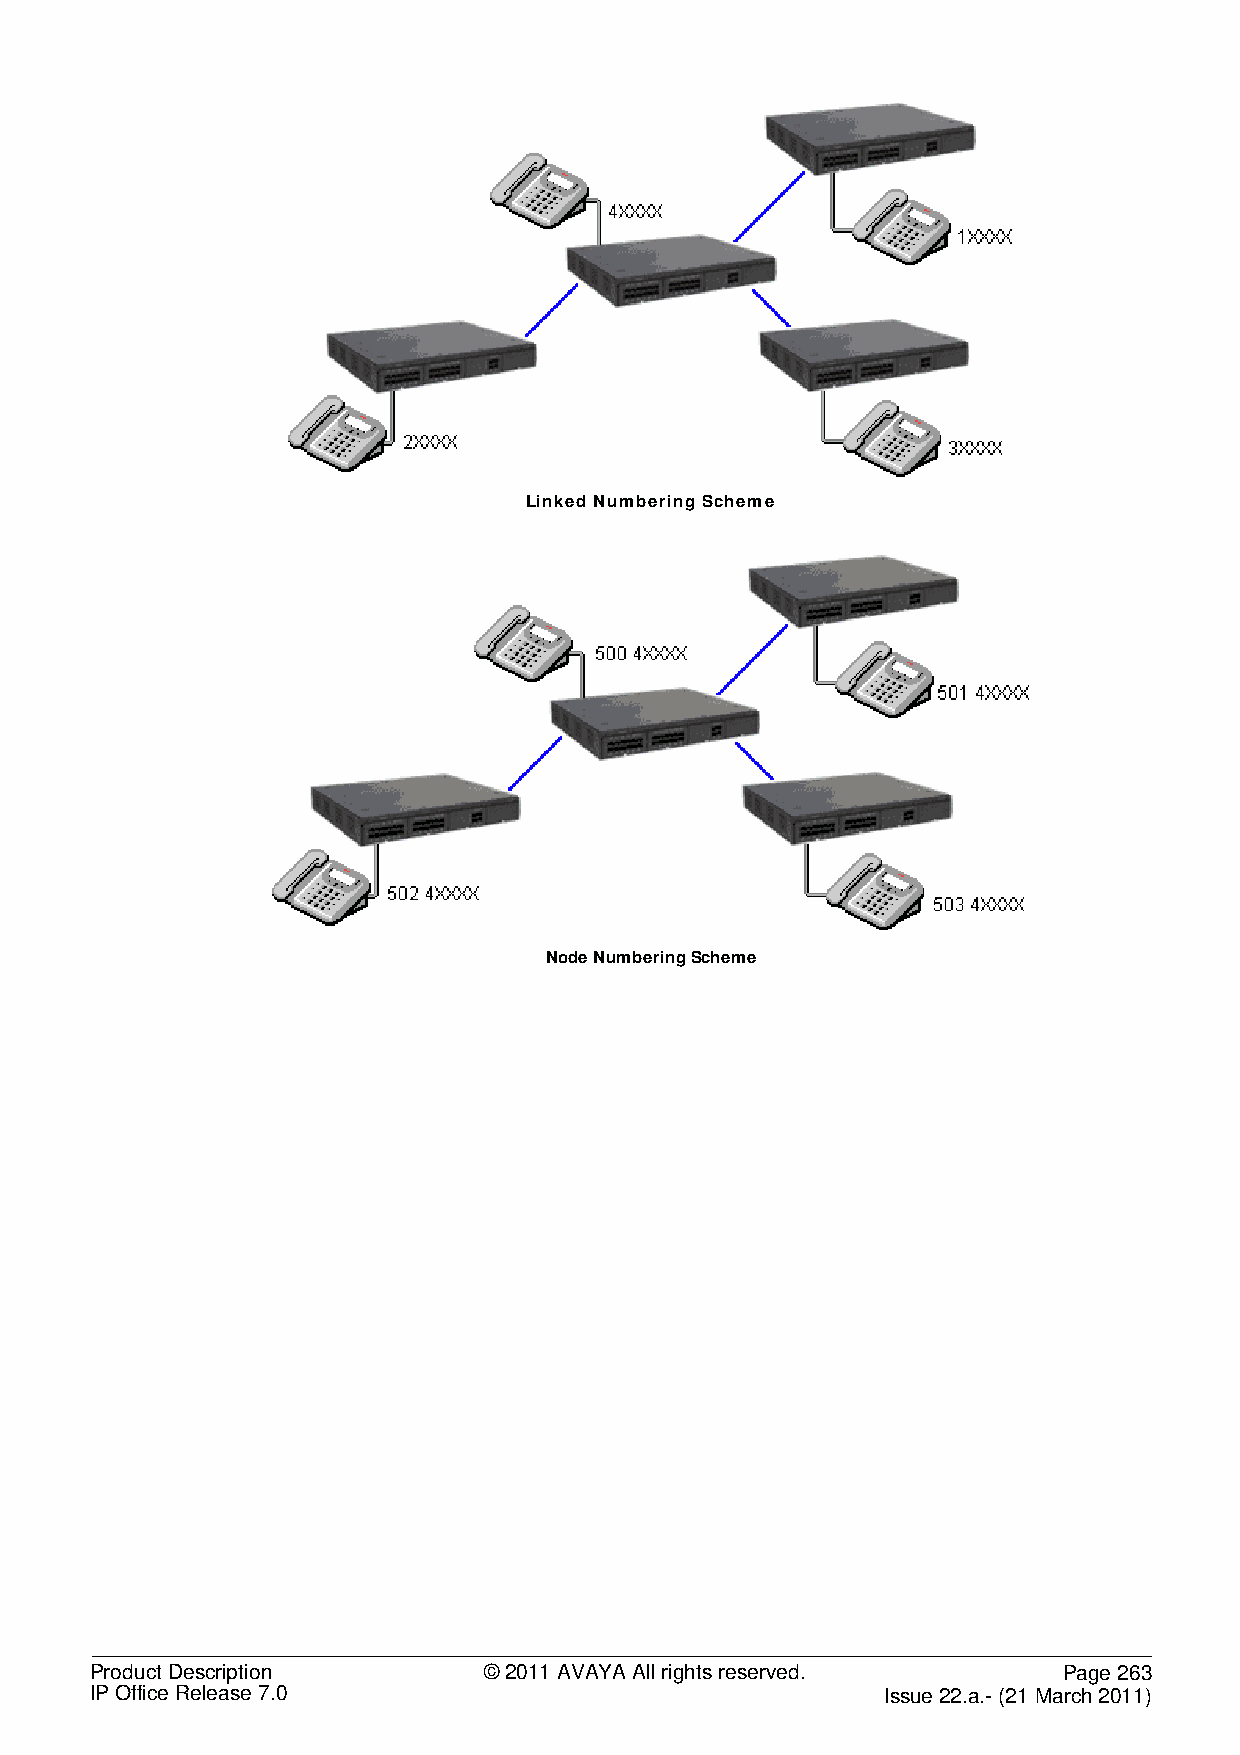
Linked Numbering Scheme
 Node Numbering Scheme
 Product Description       © 2011 AVAYA All rights reserved.     Page 263
 IP Office Release 7.0                                Issue 22.a.- (21 March 2011)